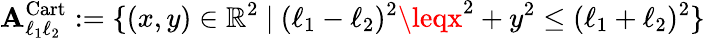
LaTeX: \mathbf{A}_{\ell_{1}\ell_{2}}^{\mathrm{{Cart}}}:=\{ (x,y)\in\mathbb{{R}}^{2}\ |\ (\ell_{1}-\ell_{2})^{2}\leqx^{2}+y^{2}\leq(\ell_{1}+\ell_{2})^{2}\}